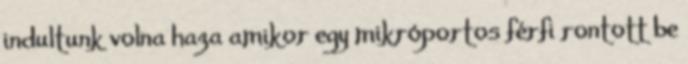
indultunk volna haza amikor egy mikróportos férfi rontott be